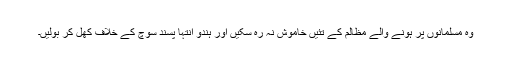
وہ مسلمانوں پر ہونے والے مظالم کے تئیں خاموش نہ رہ سکیں اور ہندو انتہا پسند سوچ کے خلاف کھل کر بولیں۔